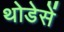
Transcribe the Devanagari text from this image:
थोडेसें